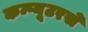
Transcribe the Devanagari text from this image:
कम्प्यूटरसे